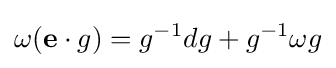
\omega ({\mathbf {e} }\cdot g)=g^{-1}dg+g^{-1}\omega g